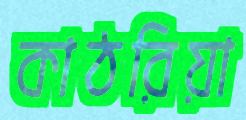
কাঠরিয়া